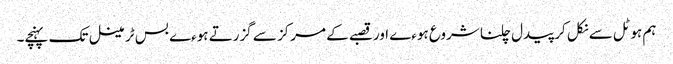
ہم ہوٹل سے نکل کر پیدل چلنا شروع ہوءے اور قصبے کے مرکز سے گزرتے ہوءے بس ٹرمینل تک پہنچے۔